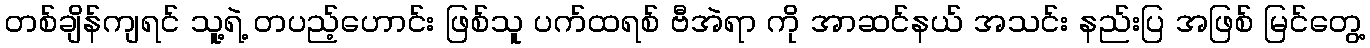
တစ်ချိန်ကျရင် သူ့ရဲ့ တပည့်ဟောင်း ဖြစ်သူ ပက်ထရစ် ဗီအဲရာ ကို အာဆင်နယ် အသင်း နည်းပြ အဖြစ် မြင်တွေ့